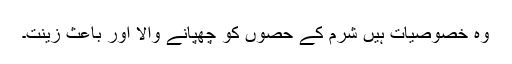
وہ خصوصیات ہیں شرم کے حصوں کو چھپانے والا اور باعث زینت۔